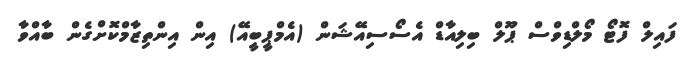
ފައިލް ފޮޓޯ މޯލްޑިވްސް ޕޫލް ބިލިއާޑް އެސޯސިއޭޝަން (އެމްޕީބީއޭ) އިން އިންތިޒާމްކޮށްގެން ބާއްވާ